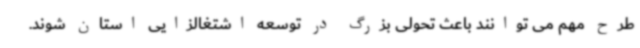
طرح مهم می توانند باعث تحولی بزرگ در توسعه اشتغالزایی استان شوند.